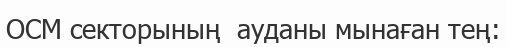
OCM секторының  ауданы мынаған тең: